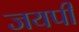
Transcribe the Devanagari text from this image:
जयपी